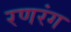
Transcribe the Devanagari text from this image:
रणरंग